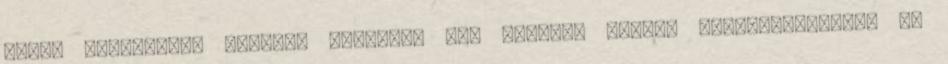
anyai keringésbe történő átjutása sok további fontos következtetésre ad